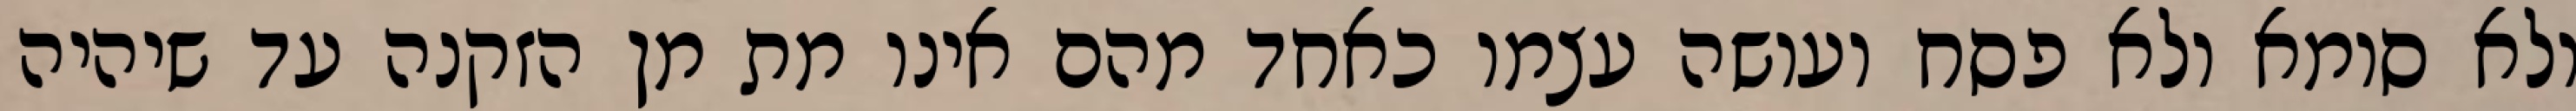
ולא סומא ולא פסח ועושה עצמו כאחד מהם אינו מת מן הזקנה עד שיהיה